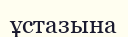
ұстазына